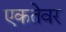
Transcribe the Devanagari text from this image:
एकतेवर